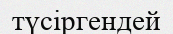
түсіргендей